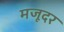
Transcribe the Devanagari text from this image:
मजूदर